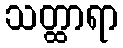
သတ္ထာရာ